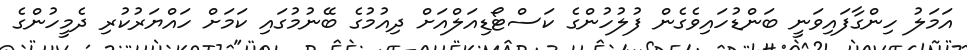
އަމަލު ހިންގާފައިވަނީ ބަންޑުހައިވެގެން ފުލުހުންގެ ކަސްޓޯޑިއަލްއަށް ދިއުމުގެ ބޭނުމުގައި ކަމަށް ހައްޔަރުކުރި ދެމީހުންގެ